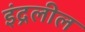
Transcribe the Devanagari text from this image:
इंद्रलील